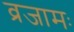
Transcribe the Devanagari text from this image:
व्रजामः